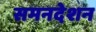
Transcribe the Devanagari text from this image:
समनदेशन